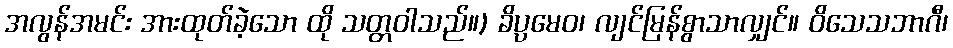
အလွန်အမင်း အားထုတ်ခဲ့သော ထို သတ္တဝါသည်။) ခိပ္ပမေဝ၊ လျင်မြန်စွာသာလျှင်။ ဝိသေသဘာဂီ၊